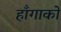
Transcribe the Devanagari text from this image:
हाँगाको